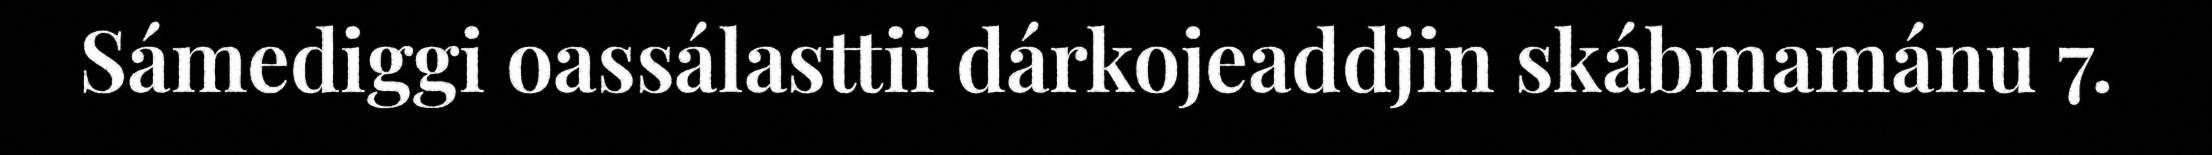
Sámediggi oassálasttii dárkojeaddjin skábmamánu 7.